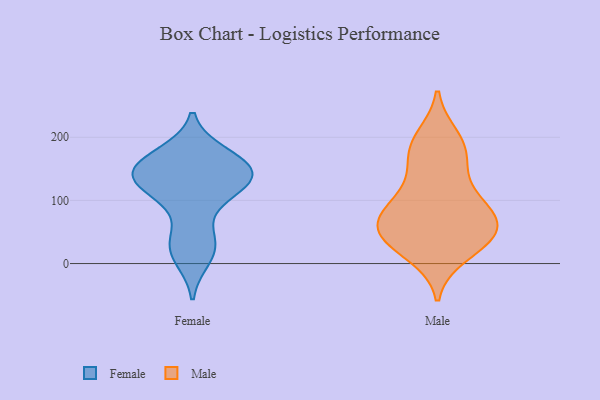
{"axis": {"x": "Shipments", "y": "Value"}, "legend": ["Female", "Male"], "data": [{"x": "", "y": 138, "type": "Female"}, {"x": "", "y": 147, "type": "Female"}, {"x": "", "y": 41, "type": "Female"}, {"x": "", "y": 172, "type": "Female"}, {"x": "", "y": 116, "type": "Female"}, {"x": "", "y": 146, "type": "Female"}, {"x": "", "y": 137, "type": "Female"}, {"x": "", "y": 10, "type": "Female"}, {"x": "", "y": 139, "type": "Female"}, {"x": "", "y": 106, "type": "Female"}, {"x": "", "y": 158, "type": "Female"}, {"x": "", "y": 22, "type": "Female"}, {"x": "", "y": 117, "type": "Female"}, {"x": "", "y": 170, "type": "Female"}, {"x": "", "y": 31, "type": "Female"}, {"x": "", "y": 148, "type": "Female"}, {"x": "", "y": 51, "type": "Male"}, {"x": "", "y": 171, "type": "Male"}, {"x": "", "y": 57, "type": "Male"}, {"x": "", "y": 47, "type": "Male"}, {"x": "", "y": 92, "type": "Male"}, {"x": "", "y": 82, "type": "Male"}, {"x": "", "y": 62, "type": "Male"}, {"x": "", "y": 93, "type": "Male"}, {"x": "", "y": 194, "type": "Male"}, {"x": "", "y": 101, "type": "Male"}, {"x": "", "y": 14, "type": "Male"}, {"x": "", "y": 140, "type": "Male"}, {"x": "", "y": 41, "type": "Male"}, {"x": "", "y": 200, "type": "Male"}, {"x": "", "y": 170, "type": "Male"}, {"x": "", "y": 50, "type": "Male"}, {"x": "", "y": 22, "type": "Male"}]}